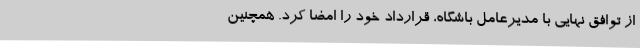
از توافق نهایی با مدیرعامل باشگاه، قرارداد خود را امضا کرد. همچنین